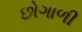
છોગાળી